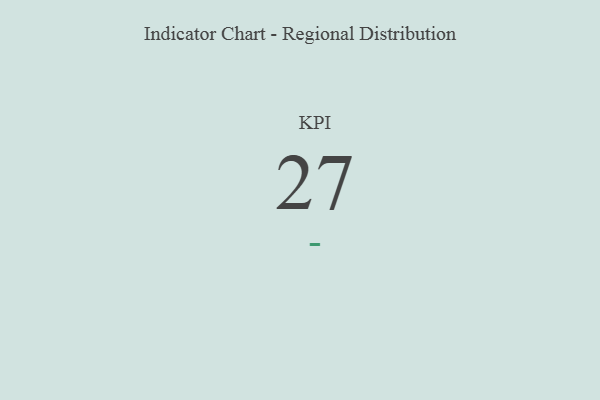
{"axis": {"x": "KPI", "y": "Value"}, "legend": [""], "data": [{"x": "KPI", "y": 27, "type": ""}]}